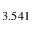
3 . 5 4 1